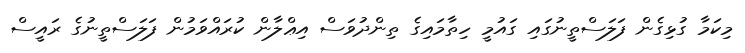
މިކަމާ ގުޅިގެން ފަލަސްތީނުގައި ގައުމީ ހިތާމައިގެ ތިންދުވަސް އިޢްލާން ކުރައްވަމުން ފަލަސްތީނުގެ ރައީސް